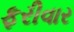
ફરીવાર